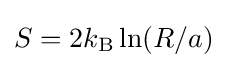
S=2k_{\rm {B}}\ln(R/a)